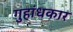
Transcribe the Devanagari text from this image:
गुहांधकार